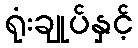
ရုံးချုပ်နှင့်